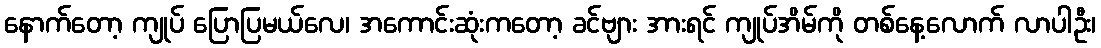
နောက်တော့ ကျုပ် ပြောပြမယ်လေ၊ အကောင်းဆုံးကတော့ ခင်ဗျား အားရင် ကျုပ်အိမ်ကို တစ်နေ့လောက် လာပါဦး၊